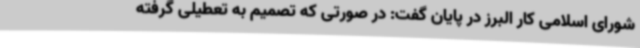
شورای اسلامی کار البرز در پایان گفت: در صورتی که تصمیم به تعطیلی گرفته